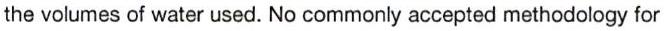
the volumes of water used. No commonly accepted methodology for